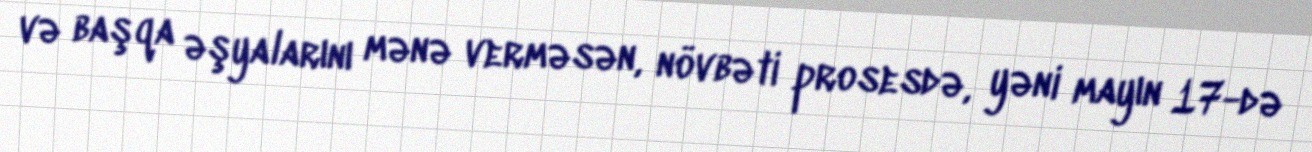
və başqa əşyalarını mənə verməsən, növbəti prosesdə, yəni mayın 17-də